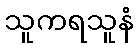
သူကရသူနံ